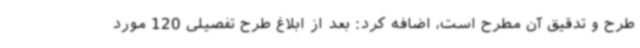
طرح و تدقیق آن مطرح است، اضافه ‌کرد: بعد از ابلاغ طرح تفصیلی 120 مورد